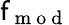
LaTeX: \mathsf{f}_{\mathrm{{~m~o~d~}}}